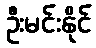
ဦးမင်းနိုင်